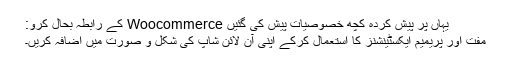
یہاں پر پیش کردہ کچھ خصوصیات پیش کی گئیں Woocommerce کے رابطہ بحال کرو:
مفت اور پریمیم ایکسٹینشنز کا استعمال کرکے اپنی آن لائن شاپ کی شکل و صورت میں اضافہ کریں۔